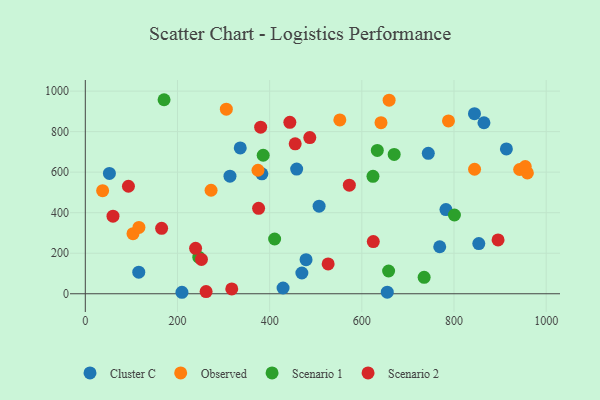
{"axis": {"x": "Engine Size", "y": "Profit"}, "legend": ["Cluster C", "Observed", "Scenario 1", "Scenario 2"], "data": [{"x": "479.0", "y": 168.4, "type": "Cluster C"}, {"x": "469.9", "y": 102.5, "type": "Cluster C"}, {"x": "313.9", "y": 580.0, "type": "Cluster C"}, {"x": "429.1", "y": 28.5, "type": "Cluster C"}, {"x": "769.0", "y": 231.9, "type": "Cluster C"}, {"x": "209.7", "y": 7.3, "type": "Cluster C"}, {"x": "865.0", "y": 843.8, "type": "Cluster C"}, {"x": "913.7", "y": 714.6, "type": "Cluster C"}, {"x": "458.6", "y": 615.1, "type": "Cluster C"}, {"x": "782.5", "y": 415.3, "type": "Cluster C"}, {"x": "744.2", "y": 692.9, "type": "Cluster C"}, {"x": "52.3", "y": 593.9, "type": "Cluster C"}, {"x": "116.0", "y": 106.3, "type": "Cluster C"}, {"x": "336.2", "y": 719.4, "type": "Cluster C"}, {"x": "655.2", "y": 7.6, "type": "Cluster C"}, {"x": "507.3", "y": 432.4, "type": "Cluster C"}, {"x": "844.4", "y": 888.5, "type": "Cluster C"}, {"x": "853.8", "y": 247.8, "type": "Cluster C"}, {"x": "383.1", "y": 591.6, "type": "Cluster C"}, {"x": "844.6", "y": 614.4, "type": "Observed"}, {"x": "552.3", "y": 858.0, "type": "Observed"}, {"x": "788.0", "y": 852.7, "type": "Observed"}, {"x": "306.0", "y": 910.8, "type": "Observed"}, {"x": "659.2", "y": 955.1, "type": "Observed"}, {"x": "942.4", "y": 613.2, "type": "Observed"}, {"x": "103.5", "y": 296.6, "type": "Observed"}, {"x": "116.4", "y": 327.5, "type": "Observed"}, {"x": "641.6", "y": 844.2, "type": "Observed"}, {"x": "374.7", "y": 609.4, "type": "Observed"}, {"x": "272.9", "y": 510.7, "type": "Observed"}, {"x": "37.6", "y": 508.9, "type": "Observed"}, {"x": "959.2", "y": 596.4, "type": "Observed"}, {"x": "954.6", "y": 627.8, "type": "Observed"}, {"x": "410.8", "y": 270.1, "type": "Scenario 1"}, {"x": "246.3", "y": 180.6, "type": "Scenario 1"}, {"x": "386.0", "y": 683.6, "type": "Scenario 1"}, {"x": "170.9", "y": 957.5, "type": "Scenario 1"}, {"x": "624.2", "y": 579.7, "type": "Scenario 1"}, {"x": "670.2", "y": 687.8, "type": "Scenario 1"}, {"x": "658.1", "y": 112.3, "type": "Scenario 1"}, {"x": "800.9", "y": 388.6, "type": "Scenario 1"}, {"x": "735.2", "y": 81.3, "type": "Scenario 1"}, {"x": "633.6", "y": 707.5, "type": "Scenario 1"}, {"x": "376.0", "y": 421.4, "type": "Scenario 2"}, {"x": "443.8", "y": 845.9, "type": "Scenario 2"}, {"x": "262.1", "y": 10.6, "type": "Scenario 2"}, {"x": "165.6", "y": 322.9, "type": "Scenario 2"}, {"x": "526.9", "y": 147.2, "type": "Scenario 2"}, {"x": "380.5", "y": 822.1, "type": "Scenario 2"}, {"x": "572.9", "y": 535.7, "type": "Scenario 2"}, {"x": "239.3", "y": 224.2, "type": "Scenario 2"}, {"x": "895.6", "y": 265.8, "type": "Scenario 2"}, {"x": "487.1", "y": 770.7, "type": "Scenario 2"}, {"x": "455.4", "y": 740.1, "type": "Scenario 2"}, {"x": "60.1", "y": 382.9, "type": "Scenario 2"}, {"x": "624.9", "y": 257.6, "type": "Scenario 2"}, {"x": "252.0", "y": 169.2, "type": "Scenario 2"}, {"x": "317.8", "y": 23.9, "type": "Scenario 2"}, {"x": "93.6", "y": 530.5, "type": "Scenario 2"}]}